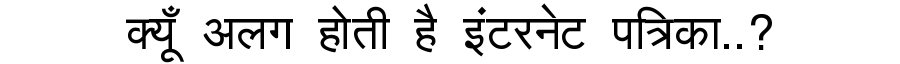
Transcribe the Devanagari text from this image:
क्यूँ अलग होती है इंटरनेट पत्रिका..?